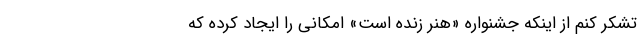
تشکر کنم از اینکه جشنواره «هنر زنده است» امکانی را ایجاد کرده که